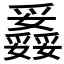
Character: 𤕇